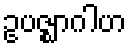
ဥပဇ္ဈာဂါဟ